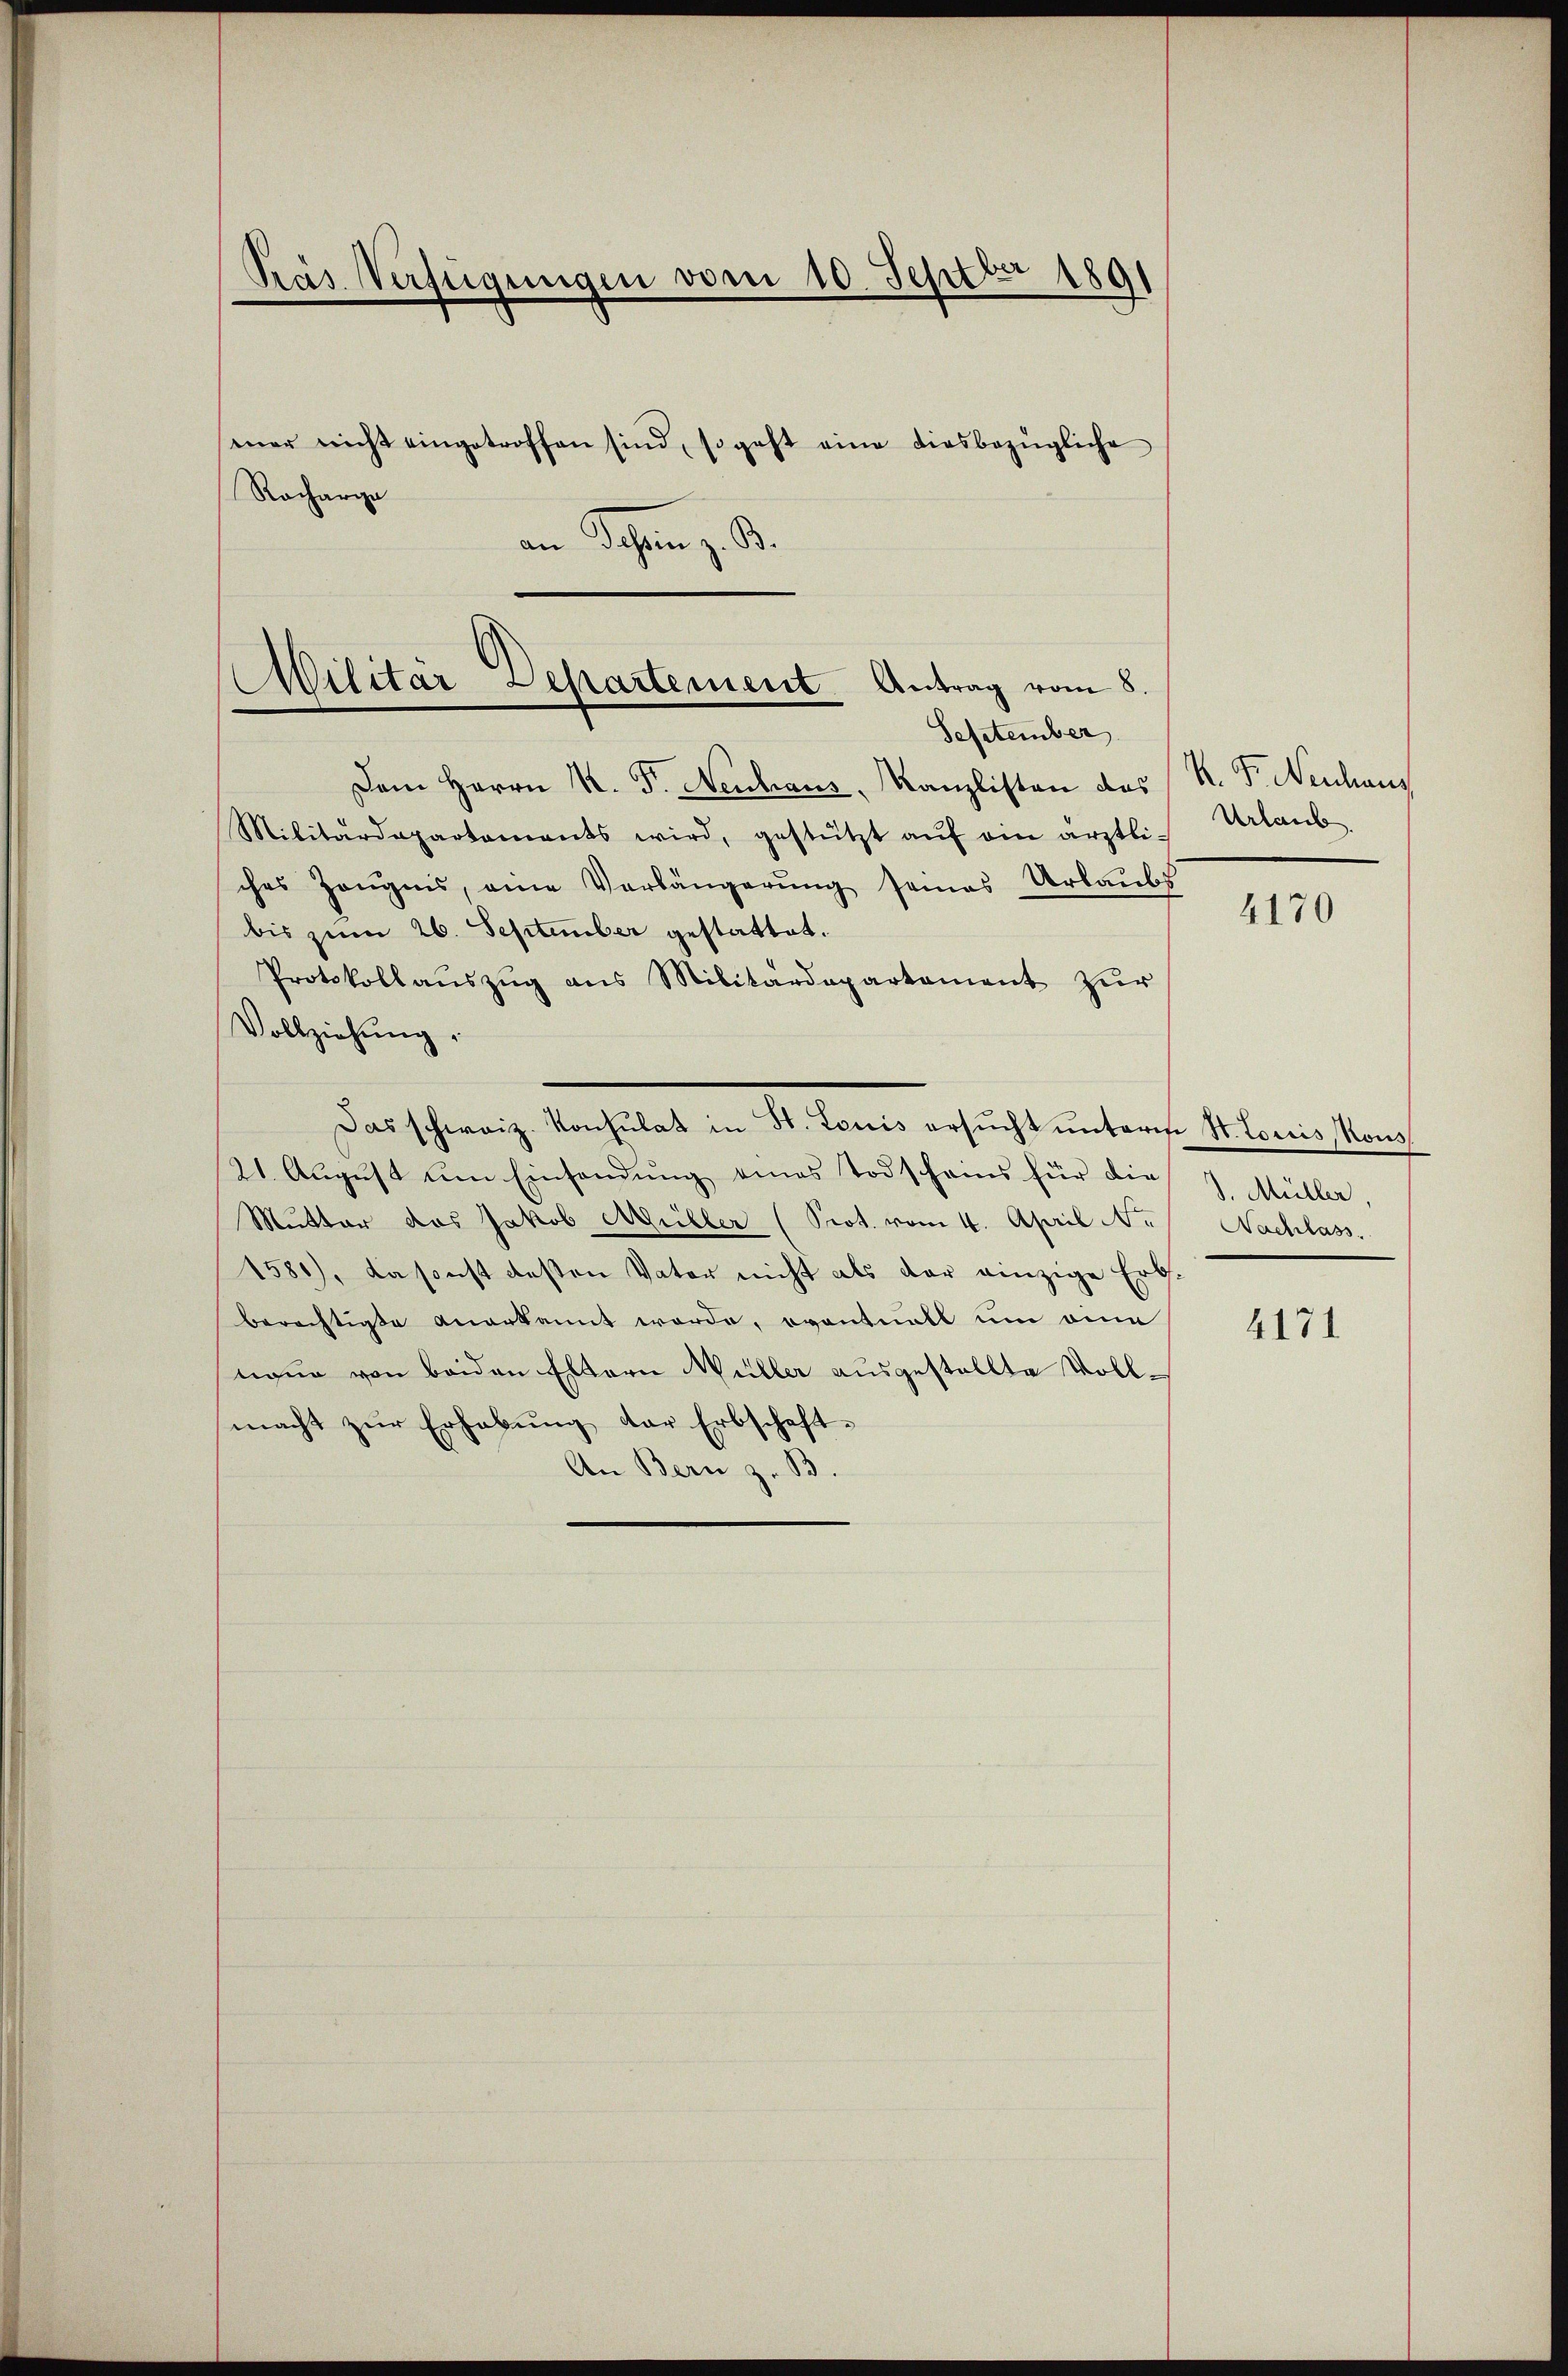
Prás Verfügungen vom 10. Septbr 1891
mner nicht eingetroffen sind, so geht eine diesbezügliche
Racharge
an Jahren z. B.

Militär Departement Antrag vom 8.
September

Dem Herrn K. P. Neuhaus, Kanzlisten des R. P. Neuhaus
Militärdepartements wird, gestützt aŭf ein ärztli-
ches Zeŭgnis, eine Verlängerŭng seines Urlaubs
bis zum 26. September gestattet.
Protokollaŭszŭg ans Militärdepartement zŭr
Vollziehung.
Das schweiz. Konsulat in St. Louis ersŭcht ŭnterm St. Louis Kons
21. August um Einsendung eines Todscheins für die J. Müller,
Mutter das Jakob Müller (Prot. vom 4. April N. Nachlass.
1581), da sonst besten Vater nicht als der einzige Erbberechtigte anerkannt werde, eventuell um eine
naue von beiden Eltern Müller ausgestellte Vollmacht zur Erhebung der Erbschaft¬
An Bern z. B.

Urlaub

4170

4171